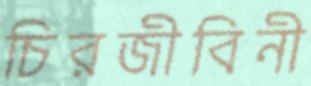
চিরজীবিনী